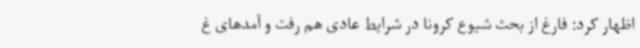
اظهار کرد: فارغ از بحث شیوع کرونا در شرایط عادی هم رفت و آمدهای غ